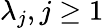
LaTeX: \lambda_{j},j\geq 1